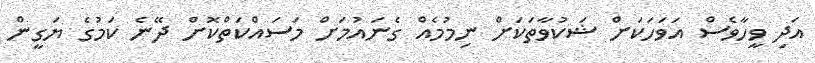
އަދި ވީހާވެސް އަވަހަކަށް ޝަކުވާތަކަށް ނިމުމެއް ގެނައުމަށް މަސައްކަތްކޮށް ދޭނެ ކަމުގެ ޔަގީން